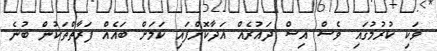
ވަކި ކުރުމުގައި ވެސް އިސް ދައުރެއް އަދާކޮށްފައި ކަމަށް ބައެއް ފަރާތްތަކުން ބުނެ